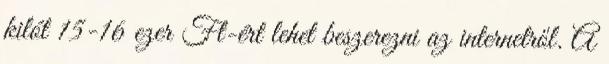
kilót 15-16 ezer Ft-ért lehet beszerezni az internetről. A